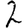
Digit: 2